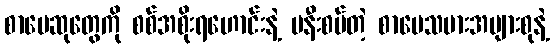
စာပေဆုတွေကို စစ်အစိုးရဟောင်းနဲ့ မနီးစပ်တဲ့ စာပေသမားအများစုနဲ့